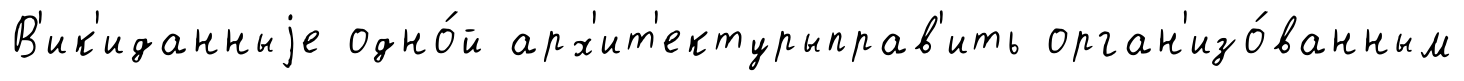
В'ик'иданныjе одно́й арх'ит'ектурыправ'ить орган'изо́ванным